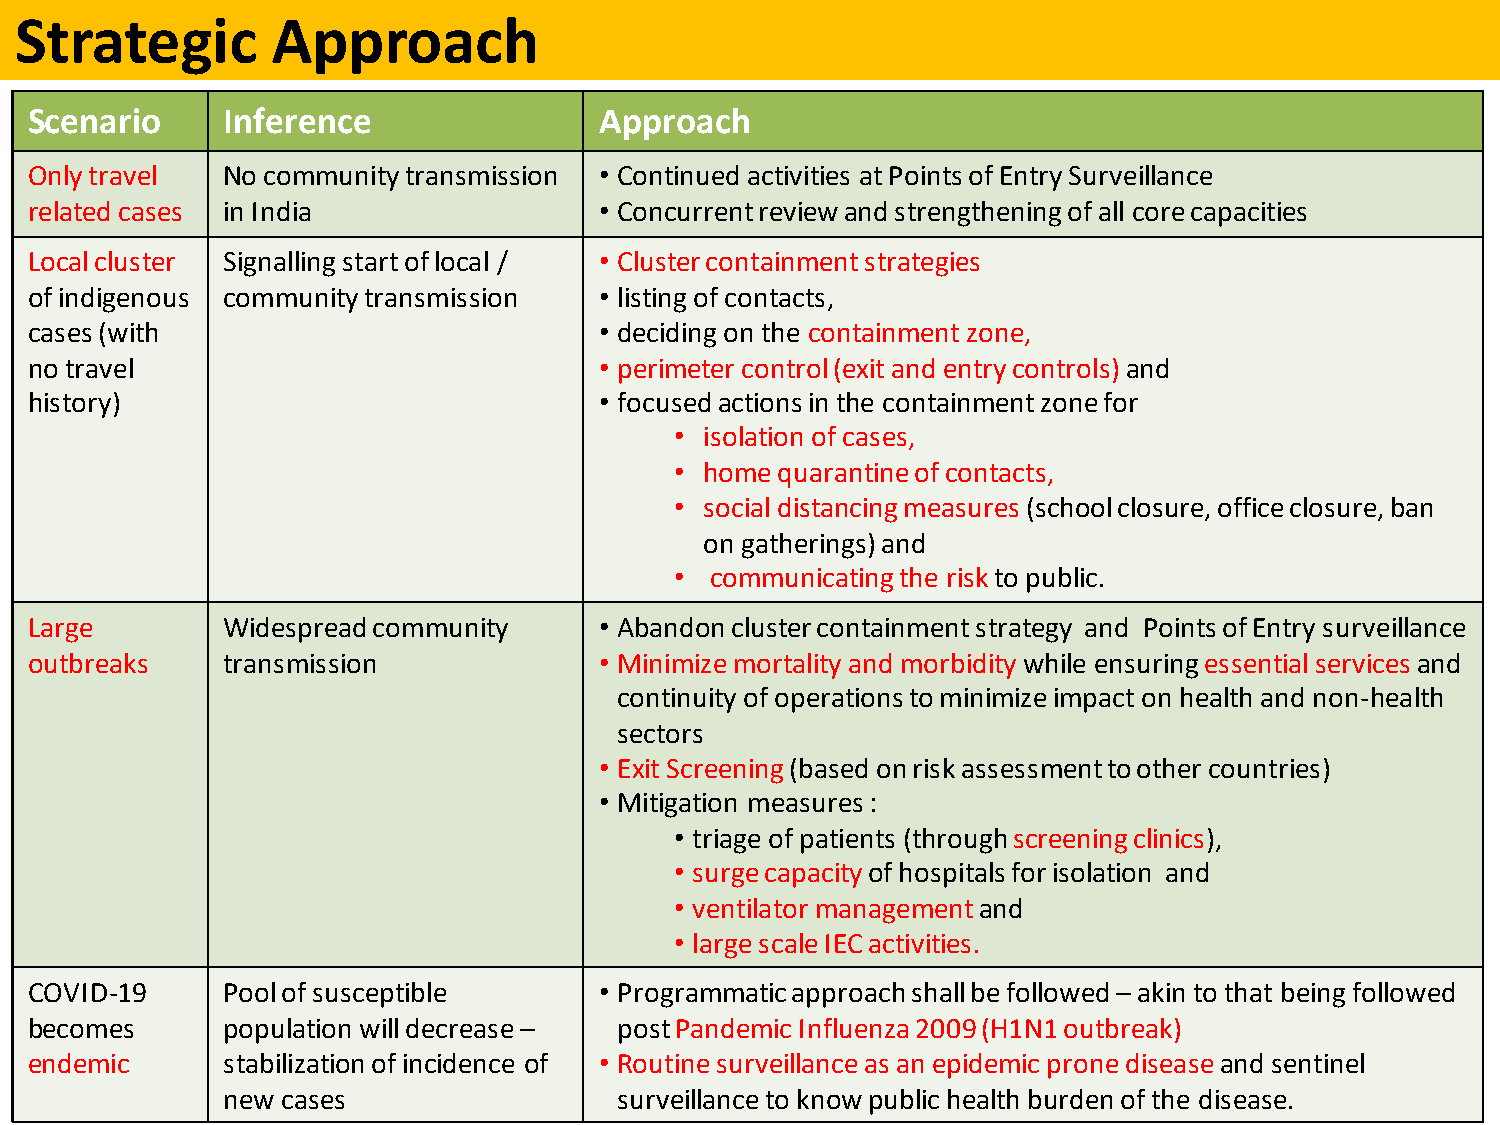
Strategic        Approach
 Scenario     Inference                Approach
 Only travel  No community transmission • Continued activities at Points of Entry Surveillance
 related cases in India                • Concurrent reviewand strengthening of all core capacities
 Local cluster Signalling start of local / • Cluster containment strategies
 of indigenous community transmission  • listing of contacts,
 cases (with                           • deciding on the containment zone,
 no travel                             • perimeter control (exit and entry controls) and
 history)                              • focusedactions in the containment zone for
 • isolation of cases,
 • home quarantine of contacts,
 • social distancing measures (school closure, office closure,ban
 on gatherings) and
 • communicating the risk to public.
 Large        Widespread community     • Abandon cluster containment strategy and Points of Entry surveillance
 outbreaks    transmission             • Minimize mortality and morbidity while ensuring essential services and
 continuity of operations to minimize impact on health and non-health
 sectors
 • Exit Screening (based on risk assessment to other countries)
 • Mitigation measures :
 • triage of patients (through screening clinics),
 • surge capacity of hospitals for isolation and
 • ventilator management and
 • large scale IEC activities.
 COVID-19     Pool of susceptible      • Programmatic approachshall be followed –akin to that being followed
 becomes      population will decrease – post Pandemic Influenza 2009 (H1N1 outbreak)
 endemic      stabilization of incidence of • Routine surveillance as an epidemic prone disease and sentinel
 new cases                 surveillance to know public health burden of the disease.